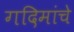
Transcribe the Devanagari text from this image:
गदिमांचे